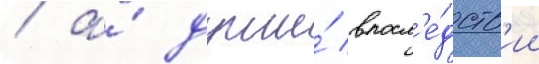
/ а́ души́ впосл'е́дств'ии